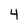
Character: 4